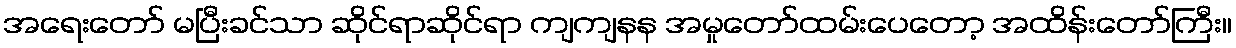
အရေးတော် မပြီးခင်သာ ဆိုင်ရာဆိုင်ရာ ကျကျနန အမှုတော်ထမ်းပေတော့ အထိန်းတော်ကြီး။